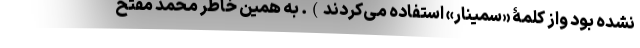
نشده بود واز کلمۀ «سمینار» استفاده می‌کردند). به همین خاطر محمد مفتح